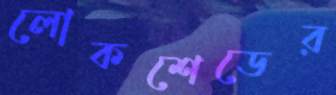
লোকশেডের